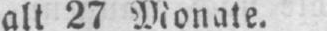
alt 27 Monate.